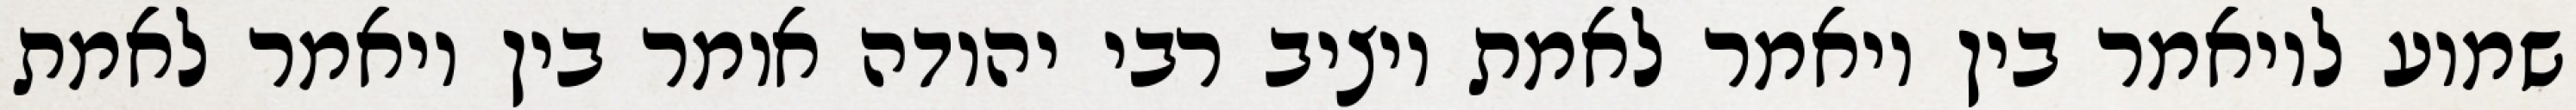
שמוע לויאמר בין ויאמר לאמת ויציב רבי יהודה אומר בין ויאמר לאמת